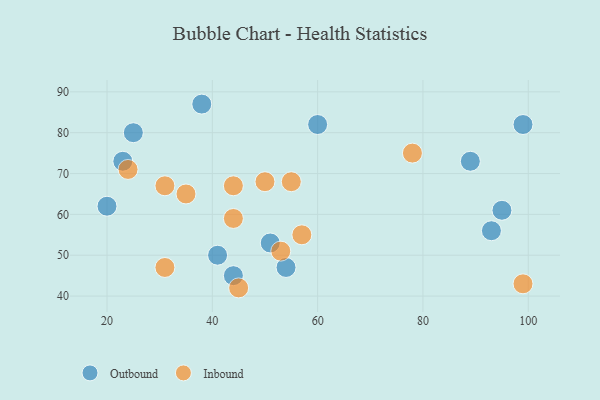
{"axis": {"x": "GDP", "y": "Life Expectancy"}, "legend": ["Inbound", "Outbound"], "data": [{"x": "95", "y": 61, "type": "Outbound"}, {"x": "25", "y": 80, "type": "Outbound"}, {"x": "93", "y": 56, "type": "Outbound"}, {"x": "54", "y": 47, "type": "Outbound"}, {"x": "38", "y": 87, "type": "Outbound"}, {"x": "60", "y": 82, "type": "Outbound"}, {"x": "41", "y": 50, "type": "Outbound"}, {"x": "44", "y": 45, "type": "Outbound"}, {"x": "99", "y": 82, "type": "Outbound"}, {"x": "23", "y": 73, "type": "Outbound"}, {"x": "51", "y": 53, "type": "Outbound"}, {"x": "20", "y": 62, "type": "Outbound"}, {"x": "89", "y": 73, "type": "Outbound"}, {"x": "57", "y": 55, "type": "Inbound"}, {"x": "45", "y": 42, "type": "Inbound"}, {"x": "53", "y": 51, "type": "Inbound"}, {"x": "99", "y": 43, "type": "Inbound"}, {"x": "44", "y": 59, "type": "Inbound"}, {"x": "44", "y": 67, "type": "Inbound"}, {"x": "78", "y": 75, "type": "Inbound"}, {"x": "55", "y": 68, "type": "Inbound"}, {"x": "24", "y": 71, "type": "Inbound"}, {"x": "31", "y": 47, "type": "Inbound"}, {"x": "31", "y": 67, "type": "Inbound"}, {"x": "35", "y": 65, "type": "Inbound"}, {"x": "50", "y": 68, "type": "Inbound"}]}